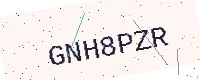
Text: GNH8PZR